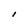
Character: I